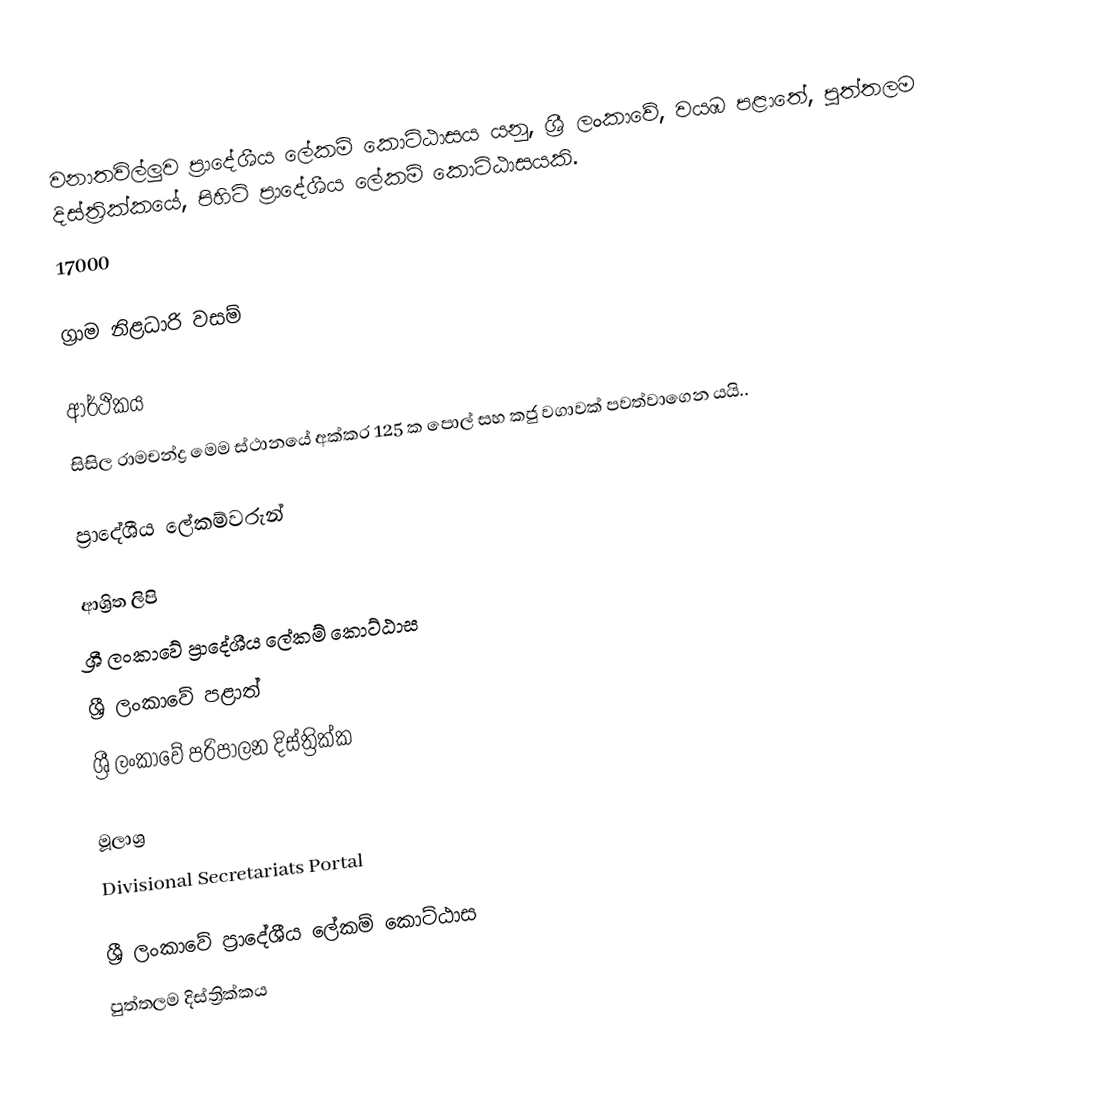
වනාතවිල්ලුව ප්‍රාදේශීය ලේකම් කොට්ඨාසය යනු,  ශ්‍රී ලංකාවේ, වයඹ පළාතේ,   පුත්තලම දිස්ත්‍රික්කයේ, පිහිටි ප්‍රාදේශීය ලේකම් කොට්ඨාසයකි.
17000

ග්‍රාම නිළධාරි වසම්

ආර්ථිකය
සිසිල රාමචන්ද්‍ර මෙම ස්ථානයේ අක්කර 125 ක පොල් සහ කජු වගාවක් පවත්වාගෙන යයි..

ප්‍රාදේශීය ලේකම්වරුන්

ආශ්‍රිත ලිපි
ශ්‍රී ලංකාවේ ප්‍රාදේශීය ලේකම් කොට්ඨාස
ශ්‍රී ලංකාවේ පළාත්
ශ්‍රී ලංකාවේ පරිපාලන දිස්ත්‍රික්ක

මූලාශ්‍ර
 Divisional Secretariats Portal

ශ්‍රී ලංකාවේ ප්‍රාදේශීය ලේකම් කොට්ඨාස
පුත්තලම දිස්ත්‍රික්කය